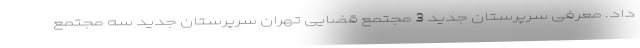
داد. معرفی سرپرستان جدید 3 مجتمع قضایی تهران سرپرستان جدید سه مجتمع